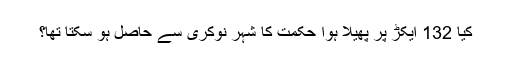
کیا 132 ایکڑ پر پھیلا ہوا حکمت کا شہر نوکری سے حاصل ہو سکتا تھا؟